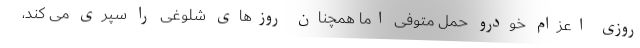
روزی اعزام خودرو حمل متوفی اما همچنان روزهای شلوغی را سپری می کند،